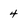
Character: 4